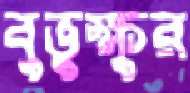
বুভুক্ষুর